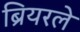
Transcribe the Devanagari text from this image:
ब्रियरले